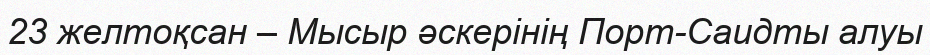
23 желтоқсан – Мысыр әскерінің Порт-Саидты алуы